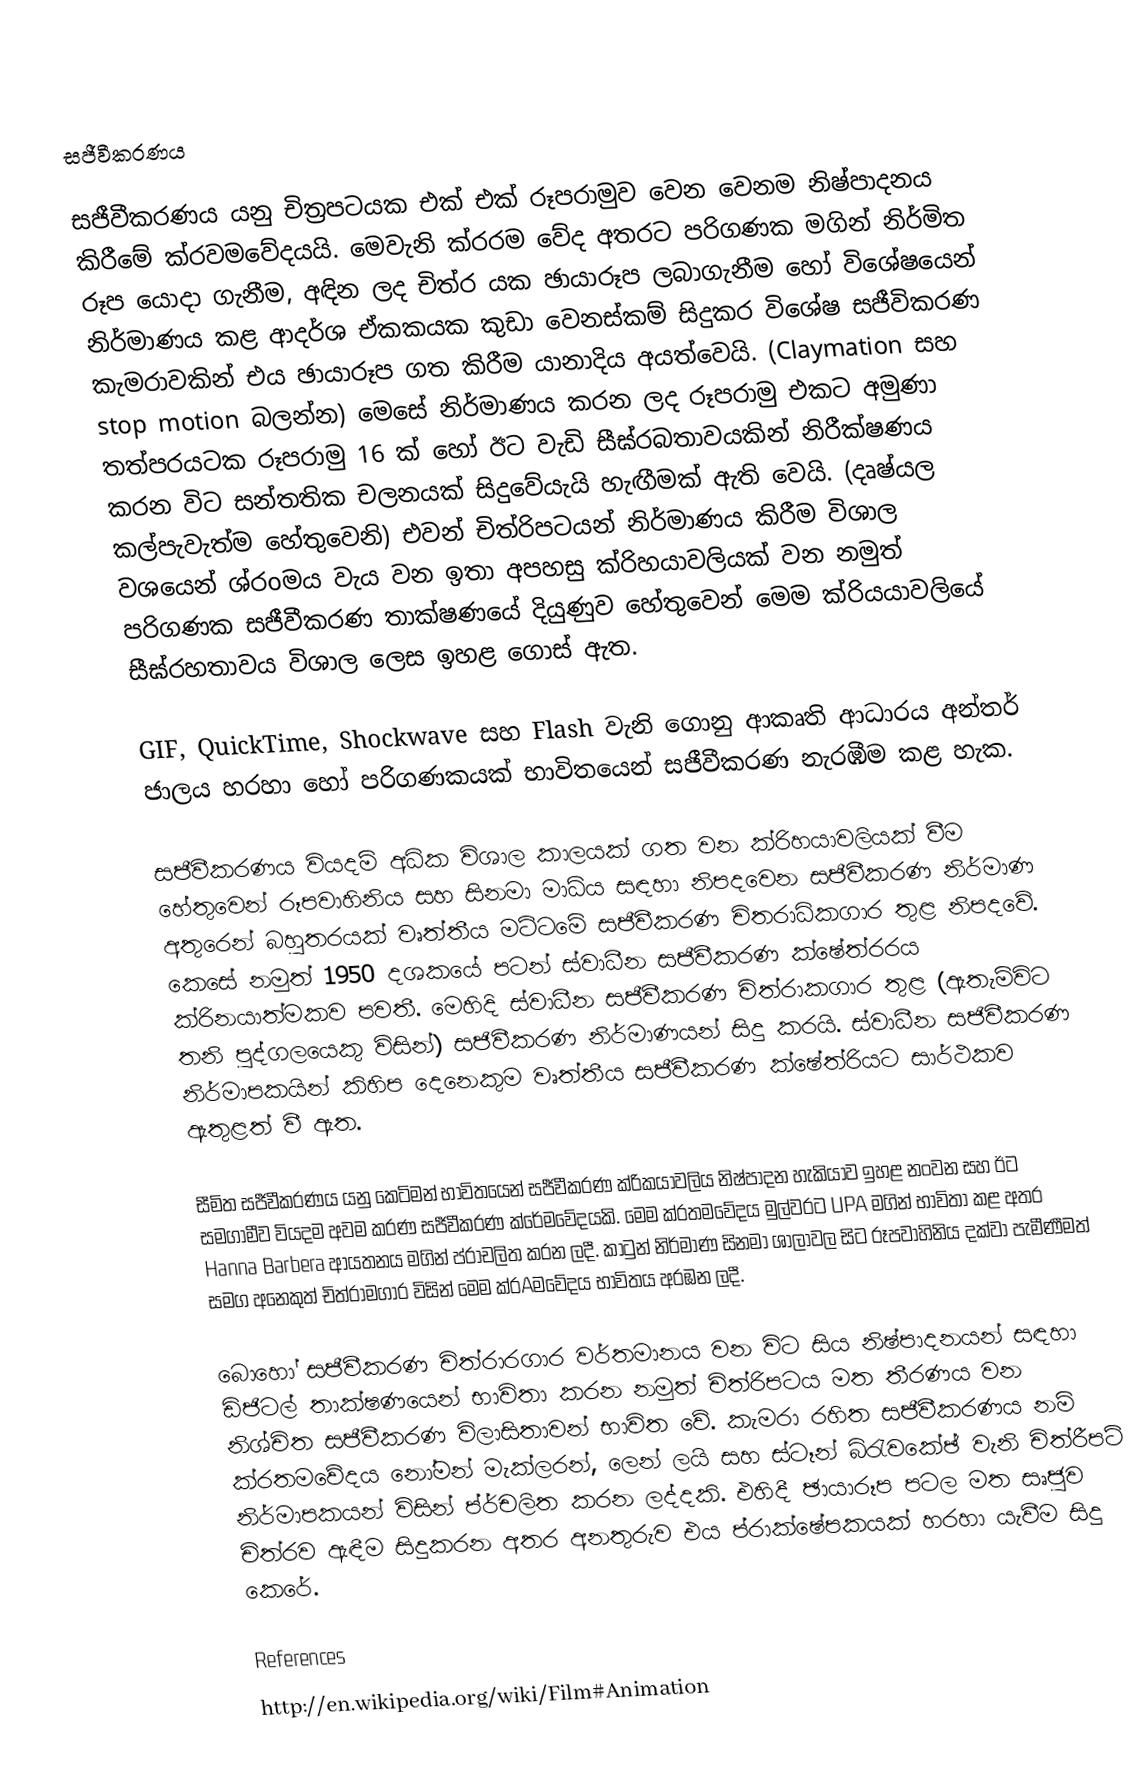
සජීවීකරණය

සජීවීකරණය යනු චිත්‍රපටයක එක් එක් රූපරාමුව වෙන වෙනම නිෂ්පාදනය කිරීමේ ක්රවමවේදයයි. මෙවැනි ක්රරම වේද අතරට පරිගණක මගින් නිර්මිත රූප යොදා ගැනීම, අඳින ලද චිත්ර යක ඡායාරූප ලබාගැනීම හෝ විශේෂයෙන් නිර්මාණය කළ ආදර්ශ ඒකකයක කුඩා වෙනස්කම් සිදුකර විශේෂ සජීවිකරණ කැමරාවකින් එය ඡායාරූප ගත කිරීම යානාදිය අයත්වෙයි. (Claymation සහ stop motion බලන්න) මෙසේ නිර්මාණය කරන ලද රූපරාමු එකට අමුණා තත්පරයටක රූපරාමු 16 ක් හෝ ඊට වැඩි සීඝ්රබතාවයකින් නිරීක්ෂණය කරන විට සන්තතික චලනයක් සිදුවේයැයි හැඟීමක් ඇති වෙයි. (දෘෂ්යල කල්පැවැත්ම හේතුවෙනි) එවන් චිත්රිපටයන් නිර්මාණය කිරීම විශාල වශයෙන් ශ්රoමය වැය වන ඉතා අපහසු ක්රිහයාවලියක් වන නමුත් පරිගණක සජීවීකරණ තාක්ෂණයේ දියුණුව හේතුවෙන් මෙම ක්රියයාවලියේ සීඝ්රහතාවය විශාල ලෙස ඉහළ ගොස් ඇත.

GIF, QuickTime, Shockwave සහ Flash වැනි ගොනු ආකෘති ආධාරය අන්තර් ජාලය හරහා හෝ පරිගණකයක් භාවිතයෙන් සජීවීකරණ නැරඹීම කළ හැක.

සජීවීකරණය වියදම් අධික විශාල කාලයක් ගත වන ක්රිහයාවලියක් වීම හේතුවෙන් රූපවාහිනිය සහ සිනමා මාධ්ය  සඳහා නිපදවෙන සජීවීකරණ නිර්මාණ අතුරෙන් බහුතරයක් වෘත්තීය මට්ටමේ සජීවීකරණ චිතරාධිකගාර තුළ නිපදවේ. කෙසේ නමුත් 1950 දශකයේ පටන් ස්වාධීන සජීවීකරණ ක්ෂේත්රරය ක්රිනයාත්මකව පවතී. මෙහිදි ස්වාධීන සජීවීකරණ චිත්රාකගාර තුළ (ඇතැම්විට තනි පුද්ගලයෙකු විසින්) සජිවීකරණ නිර්මාණයන් සිදු කරයි. ස්වාධීන සජිවීකරණ නිර්මාපකයින් කිහිප දෙනෙකුම වෘත්තීය සජීවීකරණ ක්ෂේත්රියට සා‍ර්ථකව ඇතුළත් වී ඇත.

සීමිත සජීවීකරණය යනු කෙටිමන් භාවිතයෙන් සජීවීකරණ ක්රිකයාවලිය නිෂ්පාදන හැකියාව ඉහළ නංවන සහ ඊට සමගාමීව වියදම අවම කරණ සජීවීකරණ ක්රේමවේදයකි. මෙම ක්රතමවේදය මුල්වරට UPA මගින් භාවිතා කළ අතර Hanna Barbera ආයතනය මගින් ප්රාචලිත කරන ලදී. කාටුන් නිර්මාණ සිනමා ශාලාවල සිට රූපවාහිනිය දක්වා පැමීණීමත් සමග අනෙකුත් චිත්රාමගාර විසින් මෙම ක්රAමවේදය භාවිතය අරඹන ලදී.

බොහෝ සජීවීකරණ චිත්රාරගාර වර්තමානය වන විට සිය නිෂ්පාදනයන් සඳහා ඩිජිටල් තාක්ෂණයෙන් භාවිතා කරන නමුත් චිත්රිපටය මත තීරණය වන නිශ්චිත සජීවීකරණ විලාසිතාවන් භාවිත වේ. කැමරා රහිත සජීවීකරණය නම් ක්රතමවේදය නෝමන් මැක්ලරන්, ලෙන් ලයි සහ ස්ටෑන් බ්රැවකේඡ් වැනි චිත්රීපටි නිර්මාපකයන් විසින් ප්ර්චලිත කරන ලද්දකි. එහිදී ඡායාරූප පටල මත සෘජුව චිත්රව ඇඳීම සිදුකරන අතර අනතුරුව එය ප්රාක්ෂේපකයක් හරහා යැවීම සිදු කෙරේ.

References
http://en.wikipedia.org/wiki/Film#Animation